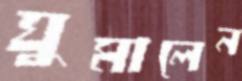
ঘুমালেন